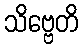
သိဗ္ဗေတိ